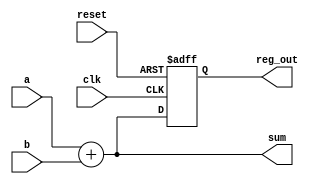
module example_module (
    input wire clk,          // Clock input
    input wire reset,        // Reset input
    input wire [3:0] a,     // 4-bit input a
    input wire [3:0] b,     // 4-bit input b
    output reg [3:0] sum,    // 4-bit output for sum
    output reg [3:0] reg_out // 4-bit output for register
);

// Combinational logic using always @*
always @* begin
    sum = a + b; // Calculate the sum of inputs a and b
end

// Synchronous logic using always @(posedge clk)
always @(posedge clk or posedge reset) begin
    if (reset) begin
        reg_out <= 4'b0000; // Reset the register output to 0
    end else begin
        reg_out <= sum; // Update the register output with the sum on clock edge
    end
end

endmodule